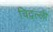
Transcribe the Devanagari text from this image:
चिद्वल्ली